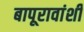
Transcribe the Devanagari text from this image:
बापूरावांशी